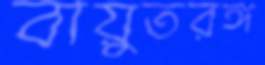
বায়ুতরঙ্গ